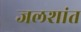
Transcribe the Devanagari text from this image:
जलशांत